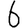
Digit: 6